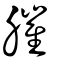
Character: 膗